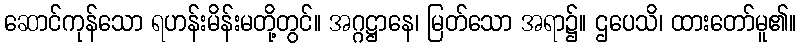
ဆောင်ကုန်သော ရဟန်းမိန်းမတို့တွင်။ အဂ္ဂဋ္ဌာနေ၊ မြတ်သော အရာ၌။ ဌပေသိ၊ ထားတော်မူ၏။